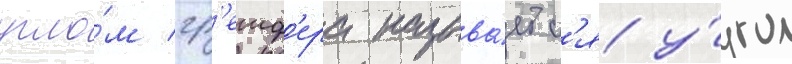
угло́м гр'еиф'ера называ́етс'я у́гол